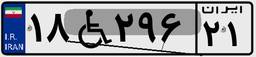
۱۸W۲۹۶۲۱